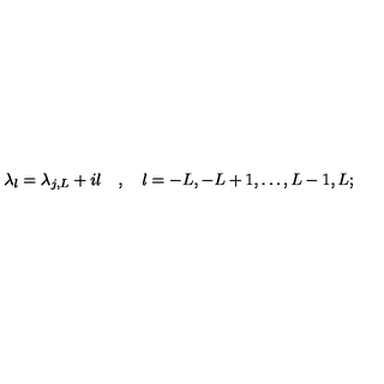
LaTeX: \lambda _ { l } = \lambda _ { j , L } + i l \quad , \quad l = - L , - L + 1 , \dots , L - 1 , L ;